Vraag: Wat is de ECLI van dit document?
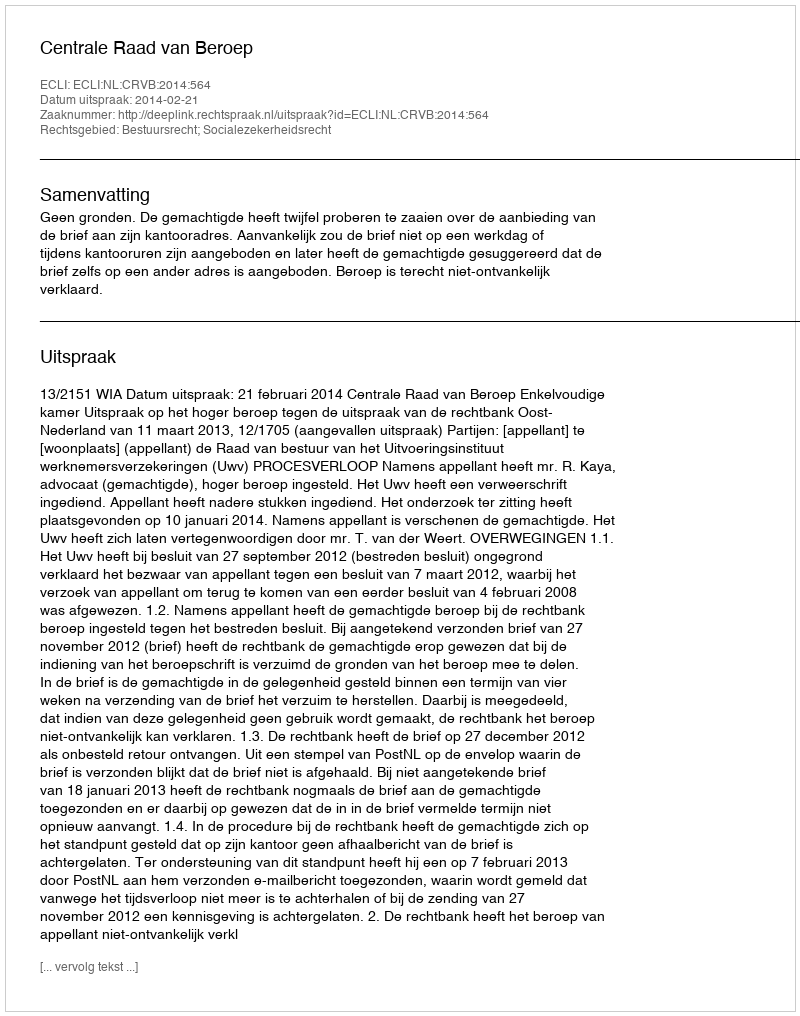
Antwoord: ECLI:NL:CRVB:2014:564